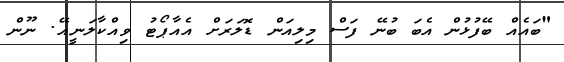
"ބައެއް ބޭފުޅުން އެބަ ބުނޭ ފަސް މިލިއަން ޑޮލަރަށް އެއާޕޯޓު ވިއްކާލަނީއޭ. ނޫން